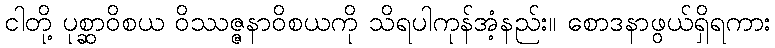
ငါတို့ ပုစ္ဆာဝိစယ ဝိဿဇ္ဇနာဝိစယကို သိရပါကုန်အံ့နည်း။ စောဒနာဖွယ်ရှိရကား